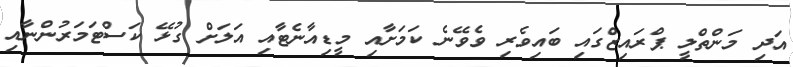
އަދި މަންތްލީ ޕްރައިޒްގައި ބައިވެރި ވެވޭނެ ކަމަށާއި މީޑިއާނެޓާއި އަލަށް ގުޅޭ ކަސްޓަމަރުންނާއި